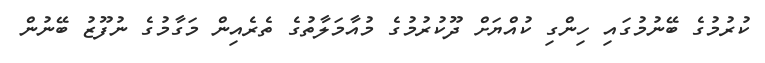
ކުރުމުގެ ބޭނުމުގައި ހިންގި ކުއްޔަށް ދޫކުރުމުގެ މުއާމަލާތުގެ ތެރެއިން މަގާމުގެ ނުފޫޒު ބޭނުން